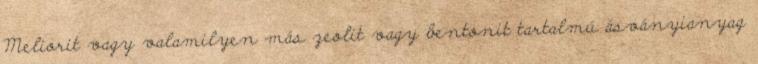
Meliorit vagy valamilyen más zeolit vagy bentonit tartalmú ásványianyag